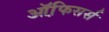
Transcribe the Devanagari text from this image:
ऑफि़सर्स